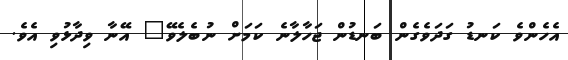
އެހެންވެ ކަނޑު ގަދަވެގެން ބަނޑުން ޖަހާލާނެ ކަމަށް ނުބެލެވޭ" އޭނާ ވިދާޅުވި އެވެ.